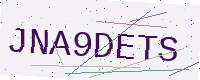
Text: JNA9DETS